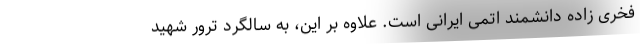
فخری زاده دانشمند اتمی ایرانی است. علاوه بر این، به سالگرد ترور شهید